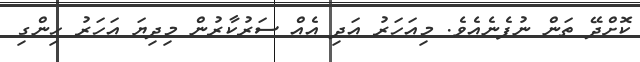
ކޮށްދޭ ތަން ނުފެނެއެވެ. މިއަހަރު އަދި އެއް ސަރުކާރުން މިދިޔަ އަހަރު ހިންގި